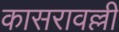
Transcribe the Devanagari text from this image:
कासरावल्ली